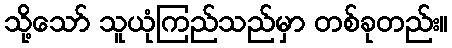
သို့သော် သူယုံကြည်သည်မှာ တစ်ခုတည်း။